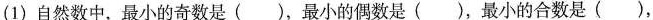
(1)自然数中，最小的奇数是( )，最小的偶数是( )，